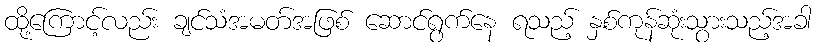
ထို့ကြောင့်လည်း ချင်သံအမတ်အဖြစ် ဆောင်ရွက်နေ ရသည့် နှစ်ကုန်ဆုံးသွားသည့်အခါ